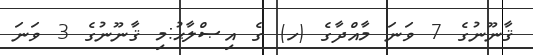
ޤާނޫނުގެ 7 ވަނަ މާއްދާގެ (ހ) ގެ އިޞްލާޙު:މި ޤާނޫނުގެ 3 ވަނަ